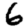
Digit: 6